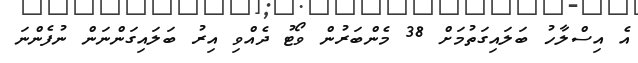
އެ އިސްލާހު ބަލައިގަތުމަށް 38 މެންބަރުން ވޯޓު ދެއްވި އިރު ބަލައިގަންނަން ނުފެންނަ